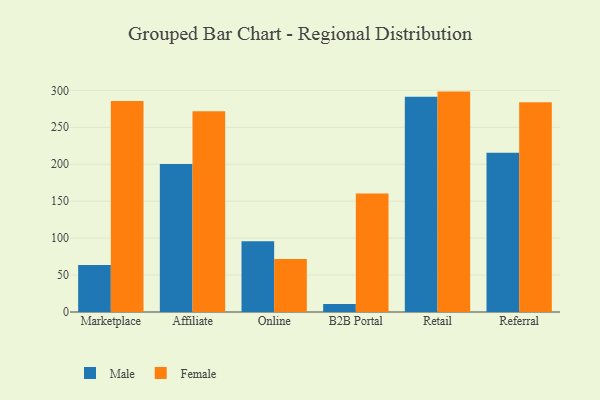
{"axis": {"x": "Channel", "y": "Latency (ms)"}, "legend": ["Female", "Male"], "data": [{"x": "Marketplace", "y": 63.5, "type": "Male"}, {"x": "Marketplace", "y": 285.6, "type": "Female"}, {"x": "Affiliate", "y": 200.2, "type": "Male"}, {"x": "Affiliate", "y": 271.7, "type": "Female"}, {"x": "Online", "y": 95.8, "type": "Male"}, {"x": "Online", "y": 71.8, "type": "Female"}, {"x": "B2B Portal", "y": 10.7, "type": "Male"}, {"x": "B2B Portal", "y": 160.4, "type": "Female"}, {"x": "Retail", "y": 291.2, "type": "Male"}, {"x": "Retail", "y": 298.3, "type": "Female"}, {"x": "Referral", "y": 215.5, "type": "Male"}, {"x": "Referral", "y": 284.0, "type": "Female"}]}